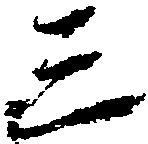
三